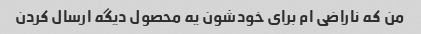
من که ناراضی ام برای خودشون یه محصول دیگه ارسال کردن